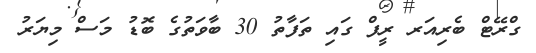
ގްރޭޓް ބެރިއަރ ރީފް ގައި ތަފާތު 30 ބާވަތުގެ ބޮޑު މަސް މިޔަރު